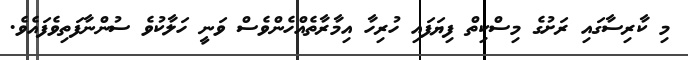
މި ކާރިސާގައި ރަށުގެ މިސްކިތް ފިޔަފައި ހުރިހާ އިމާރާތެއްހެންވެސް ވަނީ ހަލާކުވެ ސުންނާފަތިވެފައެވެ.